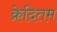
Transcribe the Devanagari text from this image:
क्रेदितम